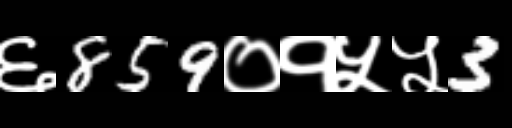
Text: ६859०१५५3